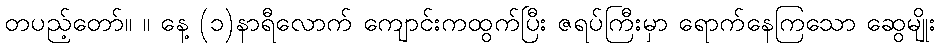
တပည့်တော်။ ။ နေ့ (၁)နာရီလောက် ကျောင်းကထွက်ပြီး ဇရပ်ကြီးမှာ ရောက်နေကြသော ဆွေမျိုး